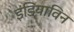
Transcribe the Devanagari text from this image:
इंडियाविन